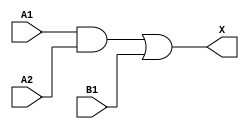
module sky130_fd_sc_ls__a21o (
    X ,
    A1,
    A2,
    B1
);

    // Module ports
    output X ;
    input  A1;
    input  A2;
    input  B1;

    // Local signals
    wire and0_out ;
    wire or0_out_X;

    //  Name  Output     Other arguments
    and and0 (and0_out , A1, A2         );
    or  or0  (or0_out_X, and0_out, B1   );
    buf buf0 (X        , or0_out_X      );

endmodule